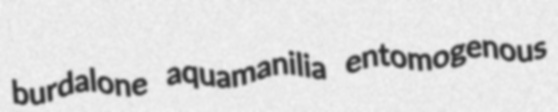
burdalone aquamanilia entomogenous